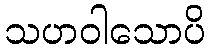
သဟဝါသောပိ